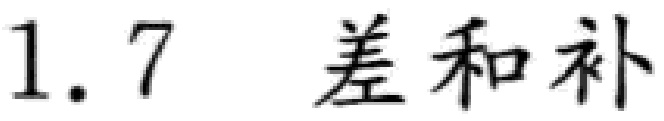
1.7 差和补